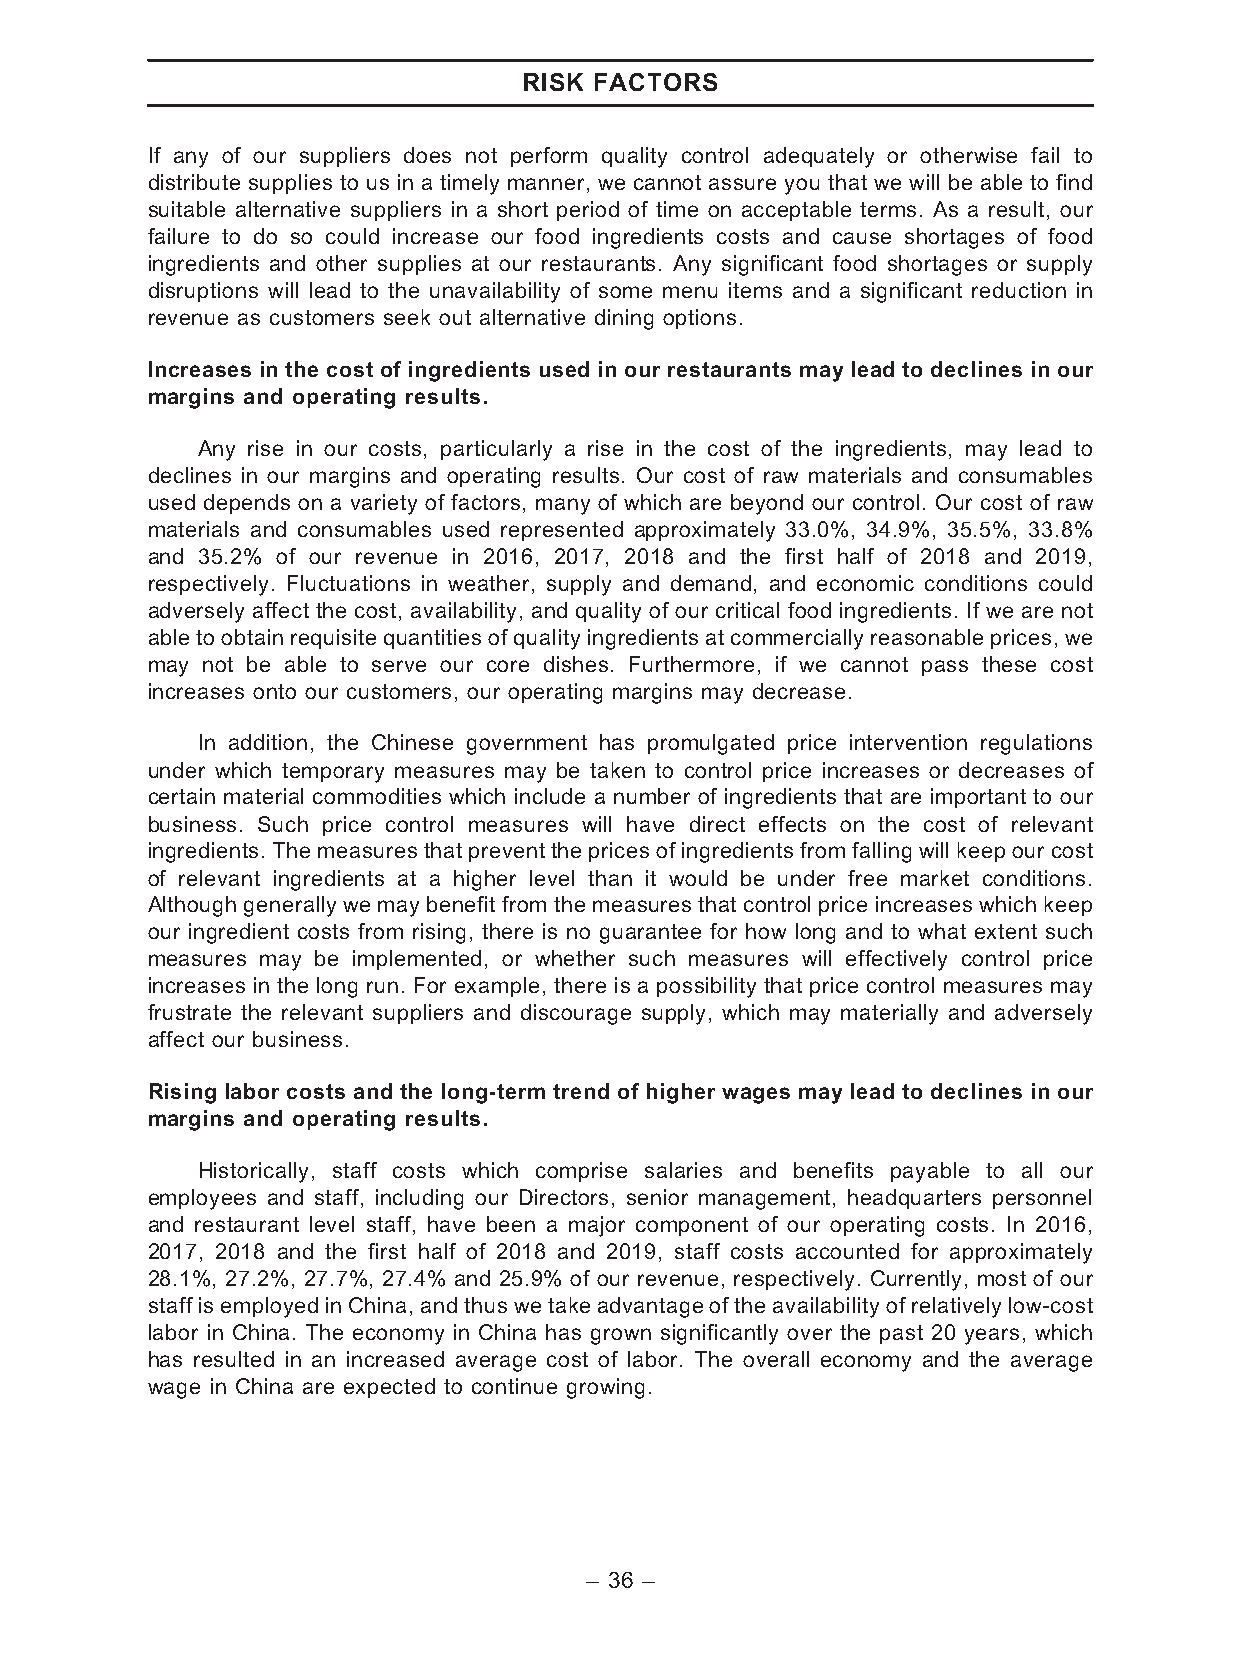
RISK FACTORS
 If any of our suppliers does not perform quality control adequately or otherwise fail to
 distribute supplies to us in a timely manner, we cannot assure you that we will be able to find
 suitable alternative suppliers in a short period of time on acceptable terms. As a result, our
 failure to do so could increase our food ingredients costs and cause shortages of food
 ingredients and other supplies at our restaurants. Any significant food shortages or supply
 disruptions will lead to the unavailability of some menu items and a significant reduction in
 revenue as customers seek out alternative dining options.
 Increases in the cost of ingredients used in our restaurants may lead to declines in our
 margins and operating results.
 Any rise in our costs, particularly a rise in the cost of the ingredients, may lead to
 declines in our margins and operating results. Our cost of raw materials and consumables
 used depends on a variety of factors, many of which are beyond our control. Our cost of raw
 materials and consumables used represented approximately 33.0%, 34.9%, 35.5%, 33.8%
 and 35.2% of our revenue in 2016, 2017, 2018 and the first half of 2018 and 2019,
 respectively. Fluctuations in weather, supply and demand, and economic conditions could
 adversely affect the cost, availability, and quality of our critical food ingredients. If we are not
 able to obtain requisite quantities of quality ingredients at commerciallyreasonable prices, we
 may not be able to serve our core dishes. Furthermore, if we cannot pass these cost
 increases onto our customers, our operating margins may decrease.
 In addition, the Chinese government has promulgated price intervention regulations
 under which temporary measures may be taken to control price increases or decreases of
 certain material commodities which include a number of ingredients that are important to our
 business. Such price control measures will have direct effects on the cost of relevant
 ingredients.The measuresthat prevent theprices of ingredientsfrom fallingwillkeepour cost
 of relevant ingredients at a higher level than it would be under free market conditions.
 Although generally we may benefit from the measures that control price increases which keep
 our ingredient costs from rising, there is no guarantee for how long and to what extent such
 measures may be implemented, or whether such measures will effectively control price
 increases in the long run. For example, there is a possibility that price control measures may
 frustrate the relevant suppliers and discourage supply, which may materially and adversely
 affect our business.
 Rising labor costs and the long-term trend of higher wages may lead to declines in our
 margins and operating results.
 Historically, staff costs which comprise salaries and benefits payable to all our
 employees and staff, including our Directors, senior management, headquarters personnel
 and restaurant level staff, have been a major component of our operating costs. In 2016,
 2017, 2018 and the first half of 2018 and 2019, staff costs accounted for approximately
 28.1%, 27.2%, 27.7%, 27.4% and 25.9% of our revenue, respectively. Currently, most of our
 staffisemployedinChina, and thuswetake advantageof the availabilityofrelativelylow-cost
 labor in China. The economy in China has grown significantly over the past 20 years, which
 has resulted in an increased average cost of labor. The overall economy and the average
 wage in China are expected to continue growing.
 – 36 –